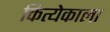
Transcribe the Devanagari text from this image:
कित्येकाला